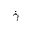
\dot { \gamma }